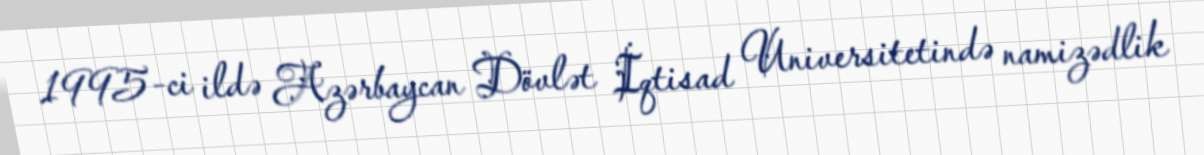
1995-ci ildə Azərbaycan Dövlət İqtisad Universitetində namizədlik